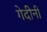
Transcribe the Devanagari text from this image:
गेदीनी